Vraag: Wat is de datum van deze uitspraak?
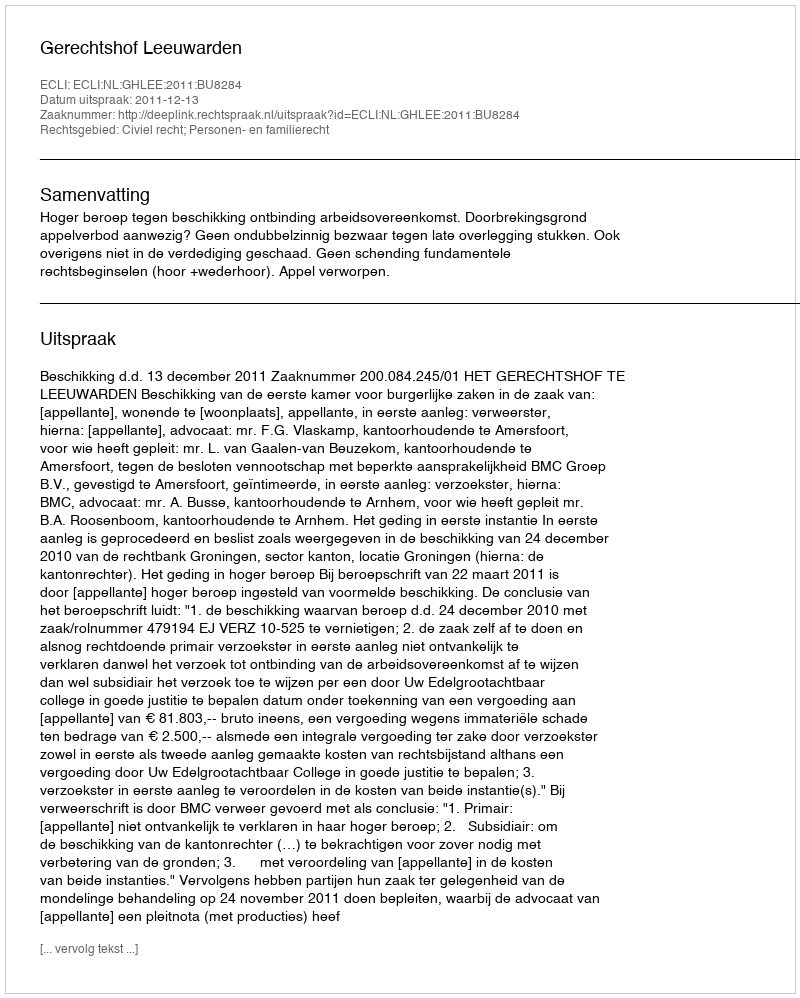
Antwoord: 2011-12-13